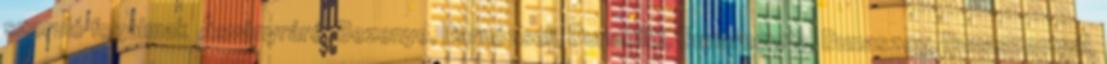
szoruló fogalmak ▪Ásványráró, Bezenye, Darnózseli, Dunakiliti, Dunaremete, Dunaszeg, Dunaszentpál,